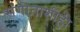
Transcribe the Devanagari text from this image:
संगीताशीही